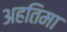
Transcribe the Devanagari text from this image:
अहतिमा